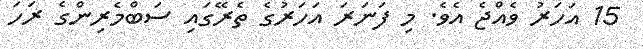
15 އަހަރު ވެއްޖެ އެވެ. މި ފަނަރަ އަހަރުގެ ތެރޭގައި ސަބްމެރިންގެ ރަހަ